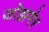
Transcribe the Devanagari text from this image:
जोझमेर